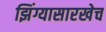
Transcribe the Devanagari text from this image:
झिंग्यासारखेच